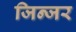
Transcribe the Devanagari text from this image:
जिन्जर